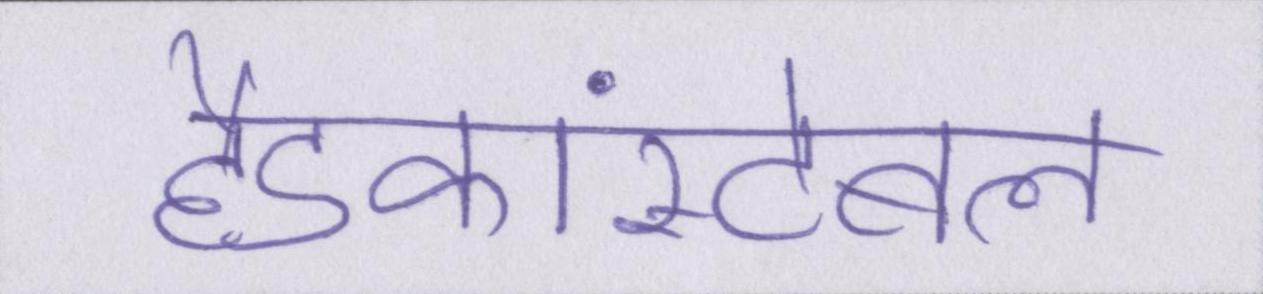
हैडकांस्टेबल